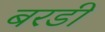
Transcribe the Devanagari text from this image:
बरडी